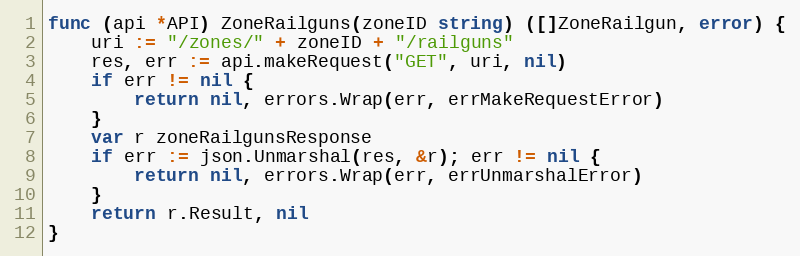
Language: Go
func (api *API) ZoneRailguns(zoneID string) ([]ZoneRailgun, error) {
	uri := "/zones/" + zoneID + "/railguns"
	res, err := api.makeRequest("GET", uri, nil)
	if err != nil {
		return nil, errors.Wrap(err, errMakeRequestError)
	}
	var r zoneRailgunsResponse
	if err := json.Unmarshal(res, &r); err != nil {
		return nil, errors.Wrap(err, errUnmarshalError)
	}
	return r.Result, nil
}